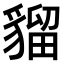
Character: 𧳽